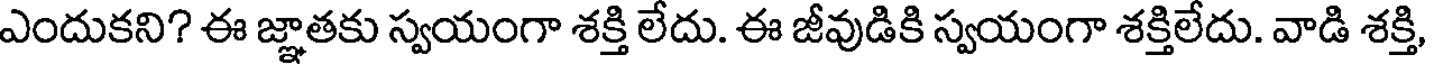
ఎందుకని? ఈ జ్ఞాతకు స్వయంగా శక్తి లేదు. ఈ జీవుడికి స్వయంగా శక్తిలేదు. వాడి శక్తి